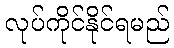
လုပ်ကိုင်နိုင်ရမည်